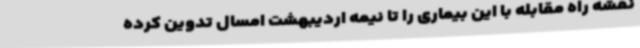
نقشه راه مقابله با این بیماری را تا نیمه اردیبهشت امسال تدوین کرده